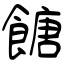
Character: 餹